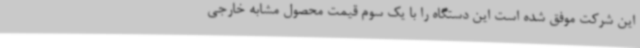
این شرکت موفق شده است این دستگاه را با یک سوم قیمت محصول مشابه خارجی